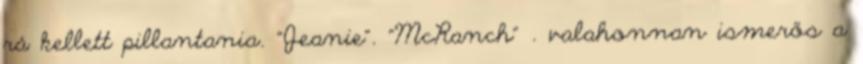
rá kellett pillantania. "Jeanie". "McRanch" . valahonnan ismerős a